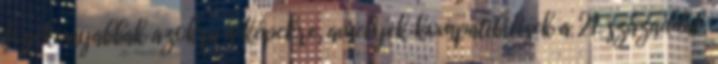
fogékonyabbak azokra a képekre, amelyek kompatibilisek a 21. századdal,